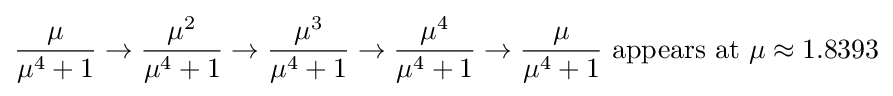
{\frac {\mu }{\mu ^{4}+1}}\to {\frac {\mu ^{2}}{\mu ^{4}+1}}\to {\frac {\mu ^{3}}{\mu ^{4}+1}}\to {\frac {\mu ^{4}}{\mu ^{4}+1}}\to {\frac {\mu }{\mu ^{4}+1}}{\mbox{ appears at }}\mu \approx 1.8393